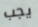
يجب